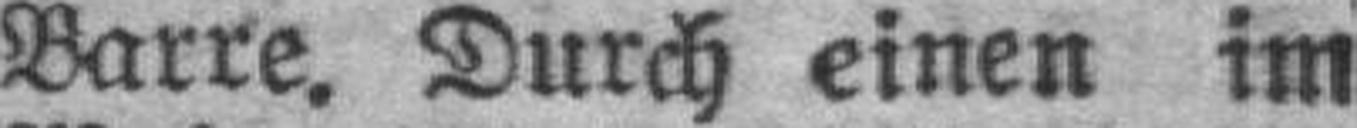
Barre. Durch einen im